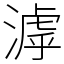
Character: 滹